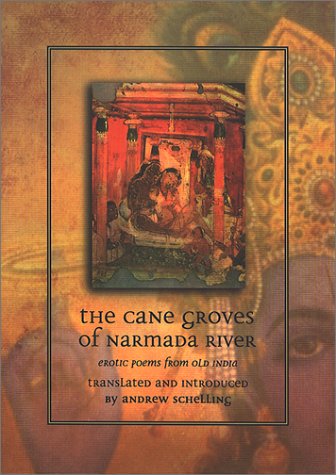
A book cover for The Cane Groves of Narmada River: Erotic Poems from Old India; Romance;